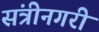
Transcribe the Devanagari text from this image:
संत्रीनगरी